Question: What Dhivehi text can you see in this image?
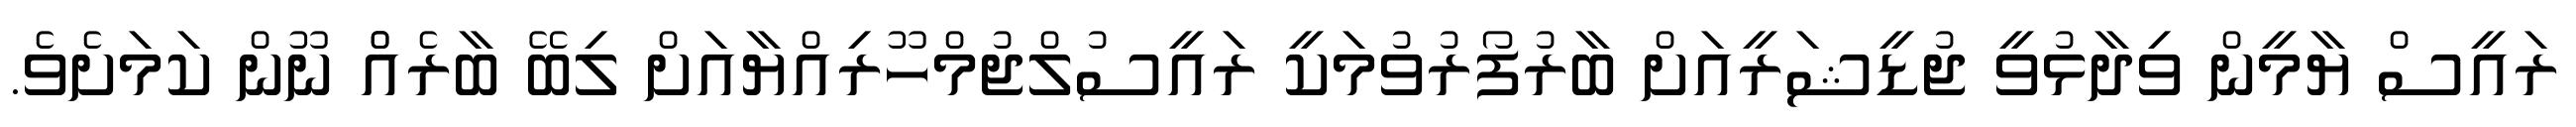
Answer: ރައީސް ޔާމީން ވިދާޅުވީ ޖުޑީޝަރީއަށް ބާރުފޯރުވުމަކީ ރައީސުލްޖުމްހޫރިއްޔާއަށް ލިބޭ ބާރެއްް ނޫން ކަމަށެވެ.